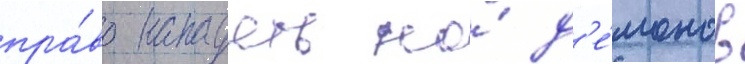
пра́во нападать на́ д'е́монов